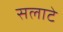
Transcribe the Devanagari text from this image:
सलाटे